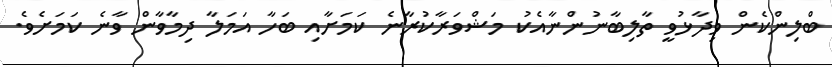
ބްލިންކެން ވިދާޅުވީ ތާލިބާނުންނާއެކު މަޝްވަރާކުރާނެ ކަމަށާއި ބަހާ އަމަލާ ދިމާވާން ވާނެ ކަމަށެވެ.